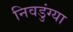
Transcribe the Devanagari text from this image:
निवडुंग्या